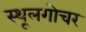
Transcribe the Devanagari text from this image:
स्थूलगोचर